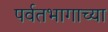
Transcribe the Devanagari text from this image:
पर्वतभागाच्या